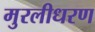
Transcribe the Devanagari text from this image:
मुरलीधरण